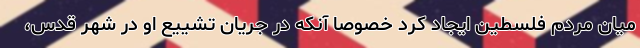
میان مردم فلسطین ایجاد کرد خصوصاً آنکه در جریان تشییع او در شهر قدس،